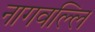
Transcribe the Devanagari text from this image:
नागवल्लि